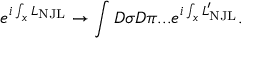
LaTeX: e ^ { i \int _ { x } { \cal L } _ { \mathrm { N J L } } } \to \int D \sigma D \pi . . . e ^ { i \int _ { x } { \cal L } _ { \mathrm { N J L } } ^ { \prime } } .